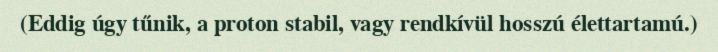
(Eddig úgy tűnik, a proton stabil, vagy rendkívül hosszú élettartamú.)